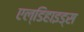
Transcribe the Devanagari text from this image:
एल्डिहाइड्स